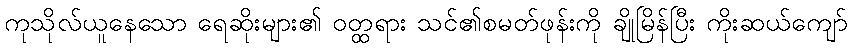
ကုသိုလ်ယူနေသော ရေဆိုးများ၏ ဝတ္ထရား သင်၏စမတ်ဖုန်းကို ချိုမြိန်ပြီး ကိုးဆယ်ကျော်